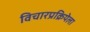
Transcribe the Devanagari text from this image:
विचारप्रक्रियेला